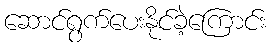
ဆောင်ရွက်ပေးနိုင်ခဲ့ကြောင်း